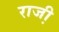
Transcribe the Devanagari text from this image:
राजी़